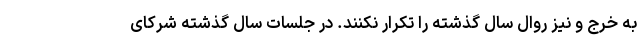
به خرج و نیز روال سال گذشته را تکرار نکنند. در جلسات سال گذشته شرکای